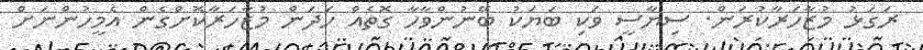
ރަގަޅު މުޒާހަރާކުރަން. ސިޔާސީ ވަކި ބަޔަކު ބޭނުންވާހާ ގޮތެއް ހަދަން މުޒާހަރާކޮށްގެން އެމީހުންނަށް